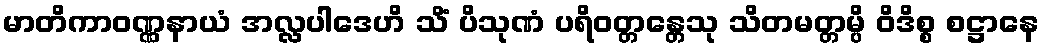
မာတိကာဝဏ္ဏနာယံ အလ္လပါဒေဟိ သိံ ပိသုဏံ ပရိဝတ္တန္တေသု သိတမတ္တမ္ပိ ဝိဒိစ္စ စဋ္ဌာနေ